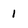
Character: 1